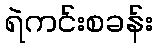
ရဲကင်းစခန်း